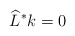
\begin{align*}\widehat{L}^\ast k=0\end{align*}